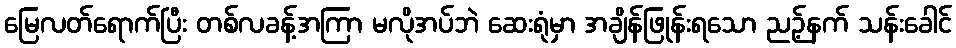
မြေလတ်ရောက်ပြီး တစ်လခန့်အကြာ မလိုအပ်ဘဲ ဆေးရုံမှာ အချိန်ဖြုန်းရသော ညဉ့်နက် သန်းခေါင်